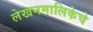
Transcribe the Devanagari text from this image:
लेखनमालिकेचे